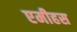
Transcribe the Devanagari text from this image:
एमीहस